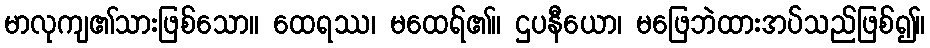
မာလုကျ၏သားဖြစ်သော။ ထေရဿ၊ မထေရ်၏။ ဌပနီယော၊ မဖြေဘဲထားအပ်သည်ဖြစ်၍။